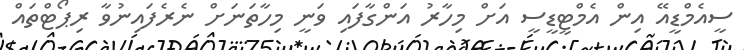
ސީއެމްޑީއޭ އިން އެމްޓީޑީސީ އަށް މިހާރު އަންގާފައި ވަނީ މިހާތަނަށް ނެރެފައިނުވާ ރިޕޯޓްތައް